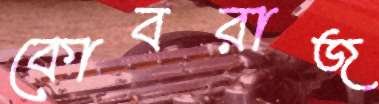
কোবরাজ